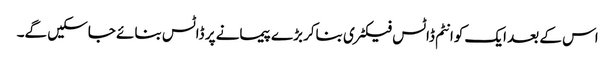
اس کے بعد ایک کوانٹم ڈاٹس فیکٹری بناکر بڑے پیمانے پر ڈاٹس بنائے جاسکیں گے۔